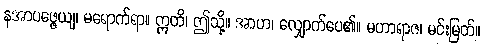
နအာပဇ္ဇေယျ၊ မရောက်ရာ။ ဣတိ၊ ဤသို့။ အာဟ၊ လျှောက်ပေ၏။ မဟာရာဇ၊ မင်းမြတ်။